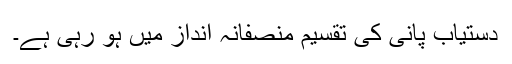
دستیاب پانی کی تقسیم منصفانہ انداز میں ہو رہی ہے۔